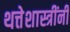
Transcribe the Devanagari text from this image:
थत्तेशास्त्रींनी